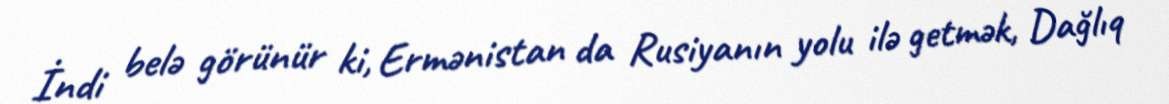
İndi belə görünür ki, Ermənistan da Rusiyanın yolu ilə getmək, Dağlıq